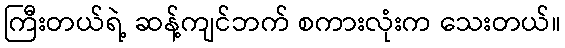
ကြီးတယ်ရဲ့ ဆန့်ကျင်ဘက် စကားလုံးက သေးတယ်။